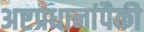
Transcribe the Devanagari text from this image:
अष्टप्रधानांपैकी